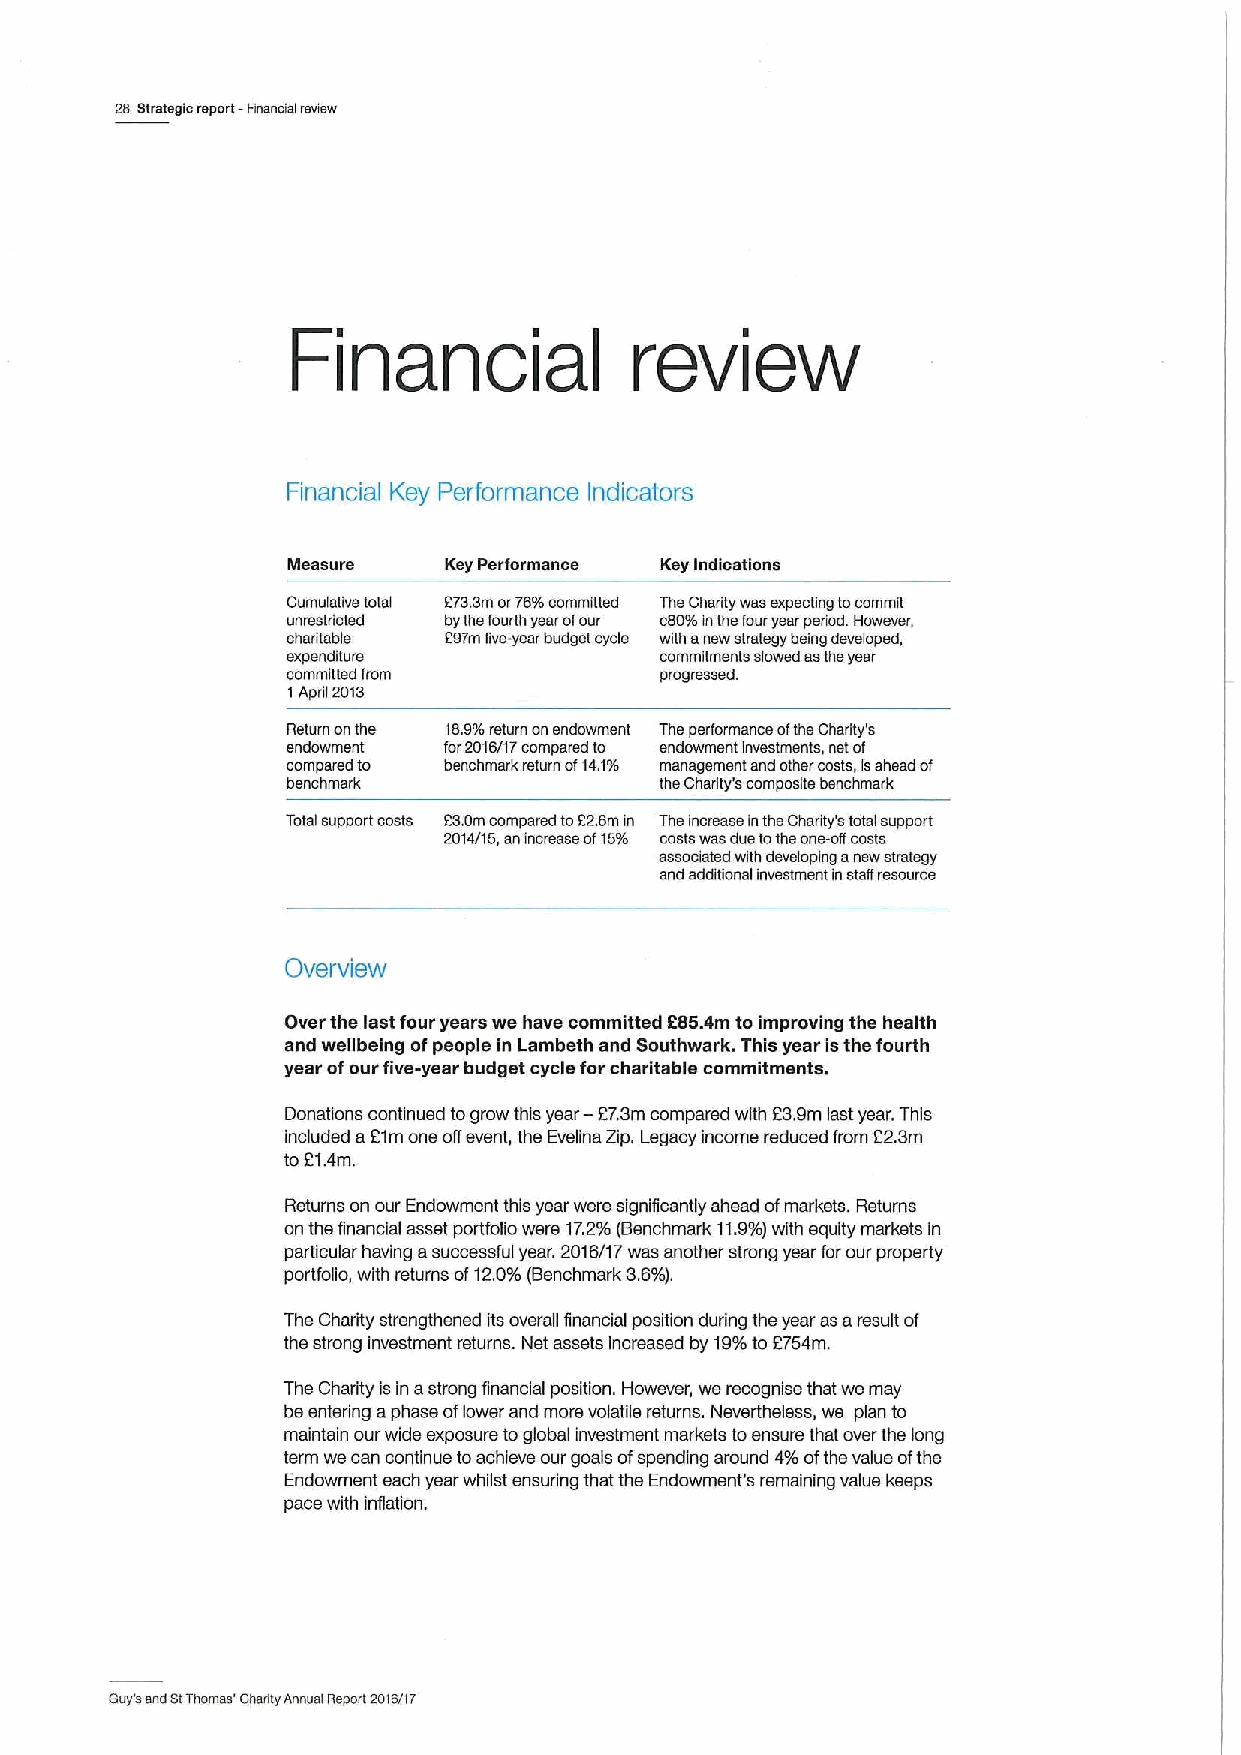
28 Strategic report- Financial review
 Financial              review
 Financial Key Performance Indicators
 Measure   Key Performance Key indications
 Cumulative total 273.3m or75%committed The Charity was expecting tocommit
 unrestricted bythe fourth year ofour c80%inthefour year period. However,
 charitable 207m ffvs-year budget cycle with anew strategy being developed,
 expenditure              commitments slowed asthe year
 committed from           progressed.
 1April 2013
 Return onthe 13.9%return cnendowment The performance ofthe Charity's
 endowment for2015/I7compared to endowment investments, nst of
 compared to benchmark return of14.1% management and other costs, isahead of
 benchmark                the Charity's composite benchmark
 Total support costs 23.0mcompared to22.5m in The Increase inthe Charity's total support
 2014/15, an increase of15% costs was dus tolhe one-off costs
 associated with developing answ strategy
 and additional investment instaffresource
 Overview
 Over the last four years we have committed 285.4m to improving the health
 and wellbeing ofpeople in Lambeth and Southwark. This year isthe fourth
 year ofour five-year budget cycle for charitable commitments.
 Donations continued togrow this year —27.3m compared with 23.9m last year. This
 included aEtm one offevent, the Evelina Zip. Legacy income reduced from 22.3m
 to 21.4m.
 Returns on our Endowment this year were significantly ahead ofmarkets. Returns
 on the financial asset portfolio were 17.2%(Benchmark 11.9%)with equity markets in
 particular having asuccessful year. 2016/17was another strong year forour property
 portfolio, with returns of12.0%(Benchmark 3.6%).
 The Charity strengthened its overall financial position during the year as aresult of
 the strong investment returns. Net assets increased by 19%to 2754m.
 The Charity is in astrong financial position. However, we recognise that we may
 be entering aphase oflower and more volatile returns. Nevertheless, we plan to
 maintain our wide exposure toglobal investmsnt markets toensure that over the long
 term we can continue toachieve our goals ofspending around 4%ofthe value ofthe
 Endowment each year whilst ensuring that the Endowment's remaining value keeps
 pace with inflation.
 Guy's shd StThomas' Charity Annual Report sottr/l7